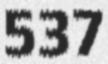
537